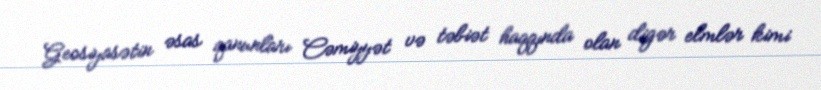
Geosiyasətin əsas qanunları Cəmiyyət və təbiət haqqında olan digər elmlər kimi